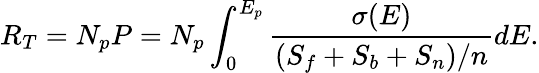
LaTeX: R_{T}=N_{p}P=N_{p}\int_{0}^{E_{p}}\frac{\sigma(E)}{(S_{f}+S_{b}+S_{n})/n}dE.